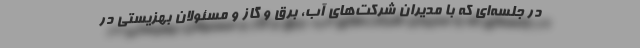
در جلسه‌ای که با مدیران شرکت‌های آب، برق و گاز و مسئولان بهزیستی در